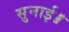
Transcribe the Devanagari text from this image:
सुनाई॥